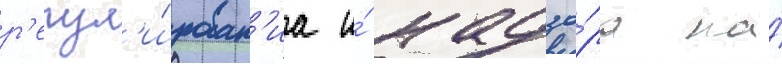
р'егул'и́рован'иа и́ надзо́ра на́